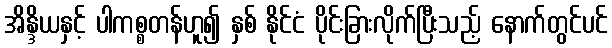
အိန္ဒိယနှင့် ပါကစ္စတန်ဟူ၍ နှစ် နိုင်ငံ ပိုင်းခြားလိုက်ပြီးသည့် နောက်တွင်ပင်